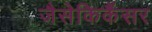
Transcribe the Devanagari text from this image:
जैसेकिकैंसर